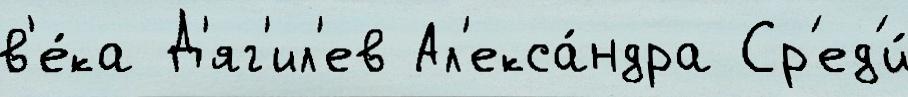
в'е́ка Д'яг'ил'ев Ал'екса́ндра Ср'ед'и́